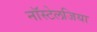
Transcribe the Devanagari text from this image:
नॉस्टेलजिया